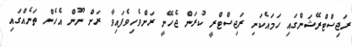
ރަޖިސްޓްރޭޝަންގައި ހަމައެކަނި ރަޖިސްޓްރީ ކުރަން ޖެހޭނީ ރަށްވެހިވެފައިވާ ރަށް ނޫން އެހެން ތަނެއްގައި